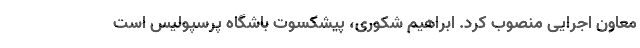
معاون اجرایی منصوب کرد. ابراهیم شکوری، پیشکسوت باشگاه پرسپولیس است